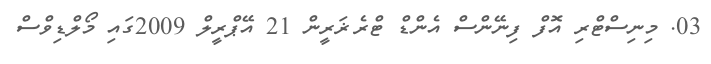
03. މިނިސްޓްރި އޮފް ފިނޭންސް އެންޑް ޓްރެޜަރީން 21 އޭޕްރީލް 2009ގައި މޯލްޑިވްސް